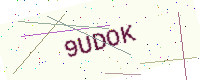
Text: 9UDOK